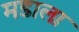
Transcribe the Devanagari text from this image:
मडाला